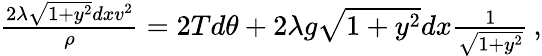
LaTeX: \begin{array}{r}{\frac{2\lambda\sqrt{1+y^{2}}dxv^{2}}{\rho}=2Td\theta+2\lambda g\sqrt{1+y^{2}}dx\frac{1}{\sqrt{1+y^{2}}}\, ,}\end{array}